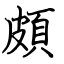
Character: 頗